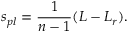
s _ { p l } = \frac { 1 } { n - 1 } ( L - L _ { r } ) .